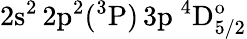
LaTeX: \mathrm{2s^{2}\, 2p^{2}(^{3}P)\, 3p~^{4}D_{5/2}^{o}}